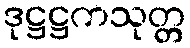
ဒုဋ္ဌဋ္ဌကသုတ္တ